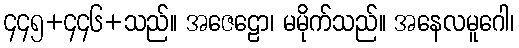
၄၄၅+၄၄၆+သည်။ အဇေဠော၊ မမိုက်သည်။ အနေလမူဂေါ၊